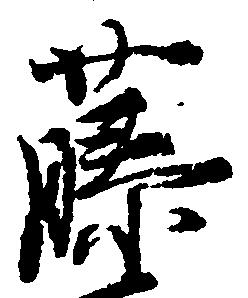
藤